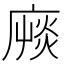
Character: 𢊝